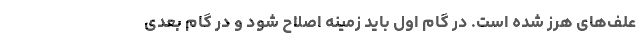
علف‌های هرز شده است. در گام اول باید زمینه اصلاح شود و در گام بعدی